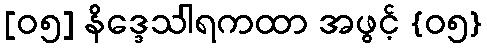
[၀၅] နိဒ္ဒေသါရကထာ အဖွင့် {၀၅}